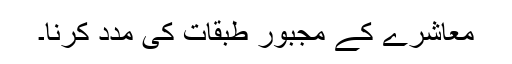
معاشرے کے مجبور طبقات کی مدد کرنا۔